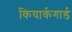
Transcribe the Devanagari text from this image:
कियार्कगार्ड